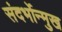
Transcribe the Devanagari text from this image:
संदर्भोन्मुख